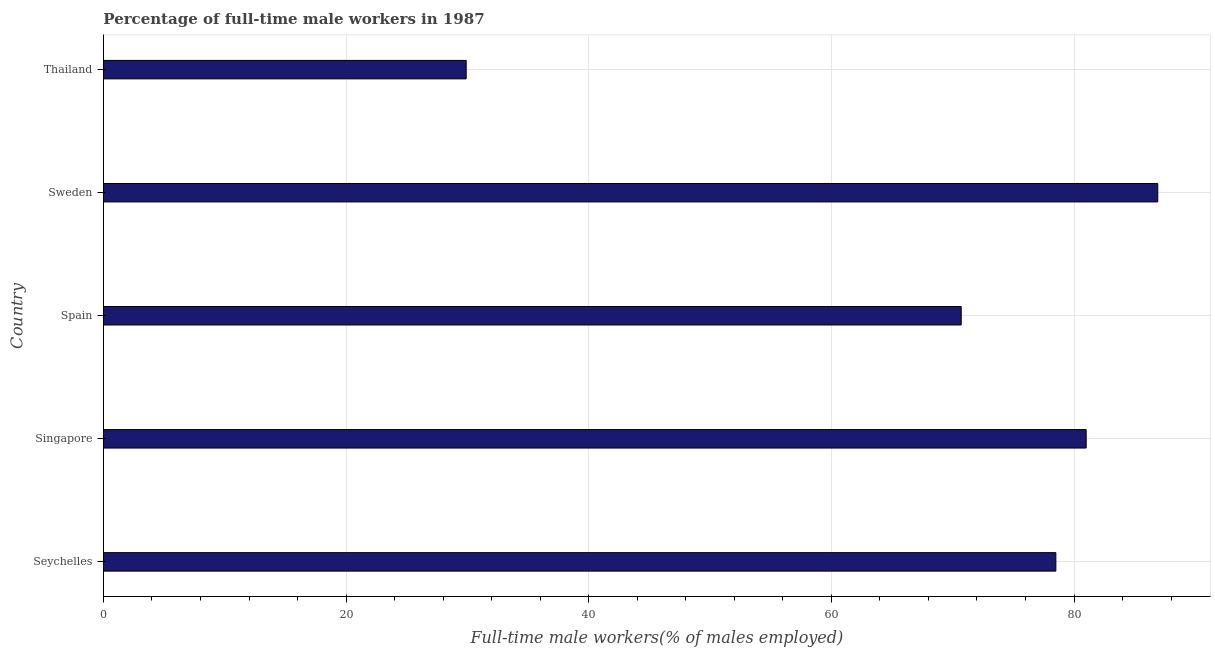
| Country | Wage and salary workers |
 | --- | --- |
 | Seychelles | 78.5 |
 | Singapore | 81 |
 | Spain | 70.7 |
 | Sweden | 86.9 |
 | Thailand | 29.9 |